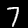
Digit: 7